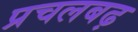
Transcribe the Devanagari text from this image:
प्रचलबढ़